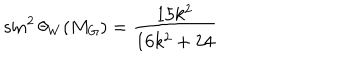
\sin ^ { 2 } \theta _ { W } ( M _ { G } ) = \frac { 1 5 k ^ { 2 } } { 1 6 k ^ { 2 } + 2 4 }